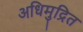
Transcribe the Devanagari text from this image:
अधिमुद्रित